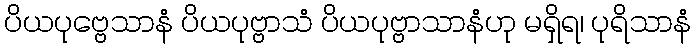
ပိယပုဗ္ဗေသာနံ ပိယပုဗ္ဗာသံ ပိယပုဗ္ဗာသာနံဟု မရှိရ၊ ပုရိသာနံ